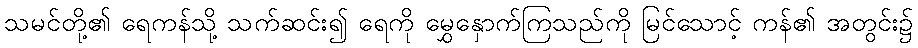
သမင်တို့၏ ရေကန်သို့ သက်ဆင်း၍ ရေကို မွှေနှောက်ကြသည်ကို မြင်သောင့် ကန်၏ အတွင်း၌